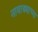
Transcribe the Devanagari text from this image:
नावाड्याच्या